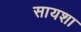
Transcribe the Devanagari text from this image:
सायशा